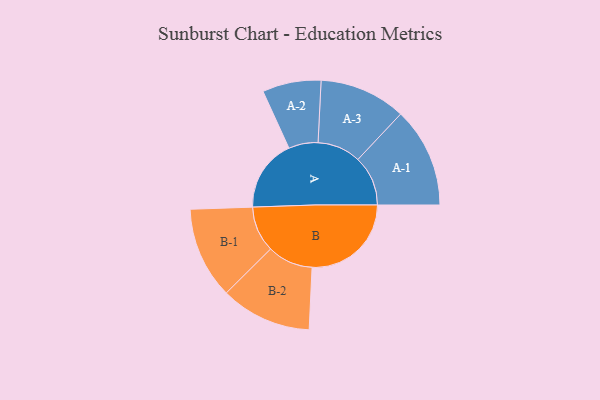
{"axis": {"x": "Segment", "y": "Value"}, "legend": ["", "A", "B"], "data": [{"x": "A", "y": 258, "type": ""}, {"x": "B", "y": 355, "type": ""}, {"x": "A-1", "y": 179, "type": "A"}, {"x": "A-2", "y": 105, "type": "A"}, {"x": "A-3", "y": 155, "type": "A"}, {"x": "B-1", "y": 164, "type": "B"}, {"x": "B-2", "y": 163, "type": "B"}]}